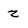
Character: z